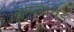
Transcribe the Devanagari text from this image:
इम्प्लायड